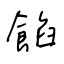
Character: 餡